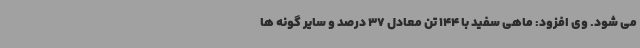
می شود. وی افزود: ماهی سفید با 144 تن معادل 37 درصد و سایر گونه ها